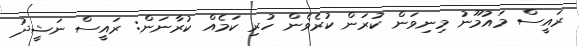
ރައީސް މައުމޫނު މިނިވަން ކުރަން ކުރެވެން ހުރި ކަމެއް ކުރާނަން: ރައީސް ނަޝީދު